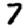
Digit: 7